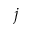
j